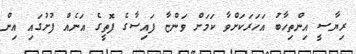
ރިޔާސީ އިންތިހާބު އަހަރަކަށްވާ ކަމަށް ވަންޏާ ފައިސާގެ ފޮތީގެ އަނެއް ފުށުގައި އިން